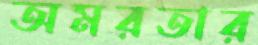
অমরতার